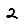
Digit: 2